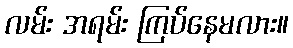
လမ်း အရမ်း ကြပ်နေမလား။